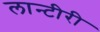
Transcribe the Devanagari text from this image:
लान्टीरी